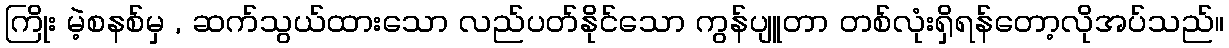
ကြိုး မဲ့စနစ်မှ , ဆက်သွယ်ထားသော လည်ပတ်နိုင်သော ကွန်ပျူတာ တစ်လုံးရှိရန်တော့လိုအပ်သည်။